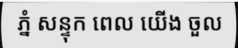
ភ្នំ សន្ទុក ពេល យើង ចួល